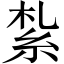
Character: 紮